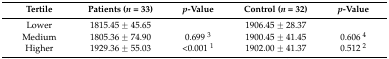
<table><thead><tr><td><b>Tertile</b></td><td><b>Patients (<i>n =</i> 33)</b></td><td><b><i>p</i>-Value</b></td><td><b>Control (<i>n =</i> 32)</b></td><td><b><i>p</i>-Value</b></td></tr></thead><tbody><tr><td>Lower</td><td>1815.45 ± 45.65</td><td></td><td>1906.45 ± 28.37</td><td></td></tr><tr><td>Medium</td><td>1805.36 ± 74.90</td><td>0.699 <sup>3</sup></td><td>1900.45 ± 41.45</td><td>0.606 <sup>4</sup></td></tr><tr><td>Higher</td><td>1929.36 ± 55.03</td><td>&lt;0.001 <sup>1</sup></td><td>1902.00 ± 41.37</td><td>0.512 <sup>2</sup></td></tr></tbody></table>